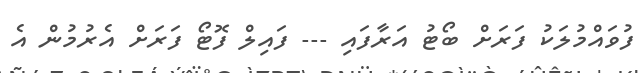
ފުވައްމުލަކު ފަރަށް ބޯޓު އަރާފައި --- ފައިލް ފޮޓޯ ފަރަށް އެރުމުން އެ